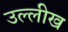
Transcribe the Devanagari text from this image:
उल्लीख